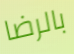
بالرضا